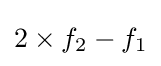
2\times f_{2}-f_{1}